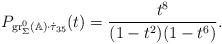
LaTeX: \begin{align*} P_{\mathrm{gr}_\Sigma^0({\mathbb{A}})\cdot\dot\tau_{35}}(t)={t^8\over(1-t^2)(1-t^6)}. \end{align*}